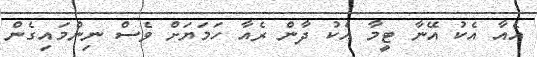
އެއާ އެކު އޭނާ ޓީމާ އެކު ދާން ރެއާ ހަމަޔަށް ވެސް ނިންމައިގެން